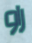
راو